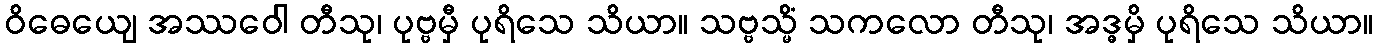
ဝိဓေယျေ အဿဝေါ တီသု၊ ပုဗ္ဗမှီ ပုရိသေ သိယာ။ သဗ္ဗသ္မိံ သကလော တီသု၊ အဒ္ဓမှိ ပုရိသေ သိယာ။